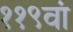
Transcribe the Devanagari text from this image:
११९वां